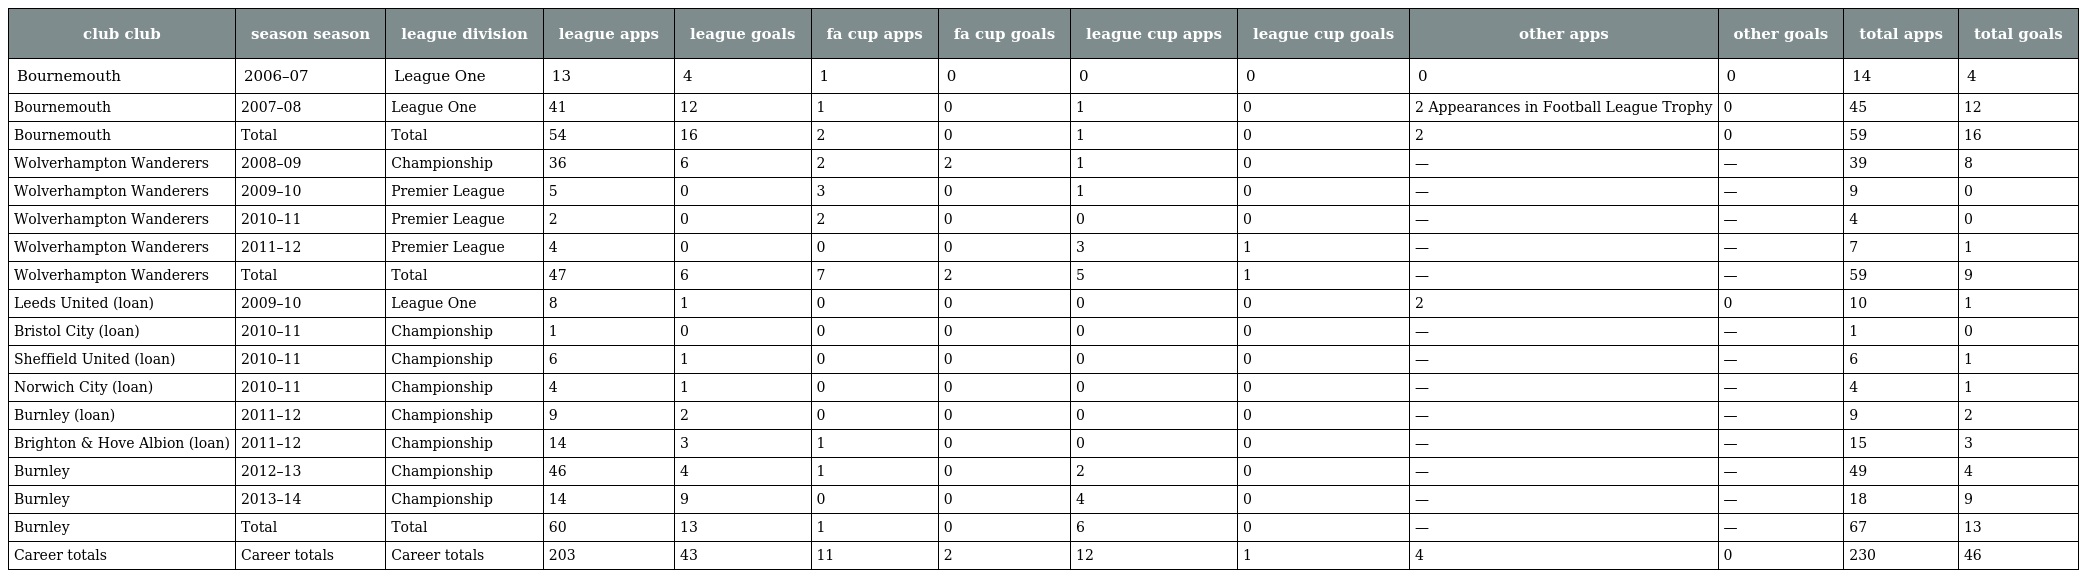
| club club | season season | league division | league apps | league goals | fa cup apps | fa cup goals | league cup apps | league cup goals | other apps | other goals | total apps | total goals |
 | --- | --- | --- | --- | --- | --- | --- | --- | --- | --- | --- | --- | --- |
 | Bournemouth | 2006–07 | League One | 13 | 4 | 1 | 0 | 0 | 0 | 0 | 0 | 14 | 4 |
 | Bournemouth | 2007–08 | League One | 41 | 12 | 1 | 0 | 1 | 0 | 2 Appearances in Football League Trophy | 0 | 45 | 12 |
 | Bournemouth | Total | Total | 54 | 16 | 2 | 0 | 1 | 0 | 2 | 0 | 59 | 16 |
 | Wolverhampton Wanderers | 2008–09 | Championship | 36 | 6 | 2 | 2 | 1 | 0 | — | — | 39 | 8 |
 | Wolverhampton Wanderers | 2009–10 | Premier League | 5 | 0 | 3 | 0 | 1 | 0 | — | — | 9 | 0 |
 | Wolverhampton Wanderers | 2010–11 | Premier League | 2 | 0 | 2 | 0 | 0 | 0 | — | — | 4 | 0 |
 | Wolverhampton Wanderers | 2011–12 | Premier League | 4 | 0 | 0 | 0 | 3 | 1 | — | — | 7 | 1 |
 | Wolverhampton Wanderers | Total | Total | 47 | 6 | 7 | 2 | 5 | 1 | — | — | 59 | 9 |
 | Leeds United (loan) | 2009–10 | League One | 8 | 1 | 0 | 0 | 0 | 0 | 2 | 0 | 10 | 1 |
 | Bristol City (loan) | 2010–11 | Championship | 1 | 0 | 0 | 0 | 0 | 0 | — | — | 1 | 0 |
 | Sheffield United (loan) | 2010–11 | Championship | 6 | 1 | 0 | 0 | 0 | 0 | — | — | 6 | 1 |
 | Norwich City (loan) | 2010–11 | Championship | 4 | 1 | 0 | 0 | 0 | 0 | — | — | 4 | 1 |
 | Burnley (loan) | 2011–12 | Championship | 9 | 2 | 0 | 0 | 0 | 0 | — | — | 9 | 2 |
 | Brighton & Hove Albion (loan) | 2011–12 | Championship | 14 | 3 | 1 | 0 | 0 | 0 | — | — | 15 | 3 |
 | Burnley | 2012–13 | Championship | 46 | 4 | 1 | 0 | 2 | 0 | — | — | 49 | 4 |
 | Burnley | 2013–14 | Championship | 14 | 9 | 0 | 0 | 4 | 0 | — | — | 18 | 9 |
 | Burnley | Total | Total | 60 | 13 | 1 | 0 | 6 | 0 | — | — | 67 | 13 |
 | Career totals | Career totals | Career totals | 203 | 43 | 11 | 2 | 12 | 1 | 4 | 0 | 230 | 46 |